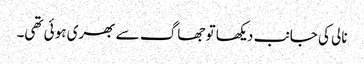
نالی کی جانب دیکھا تو جھاگ سے بھری ہوئی تھی۔